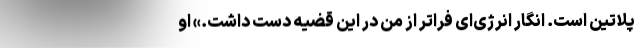
پلاتین است. انگار انرژی‌ای فراتر از من در این قضیه دست داشت.» او